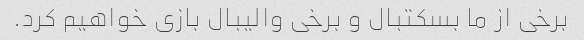
برخی از ما بسکتبال و برخی والیبال بازی خواهیم کرد.